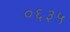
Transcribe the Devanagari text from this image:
०६३५